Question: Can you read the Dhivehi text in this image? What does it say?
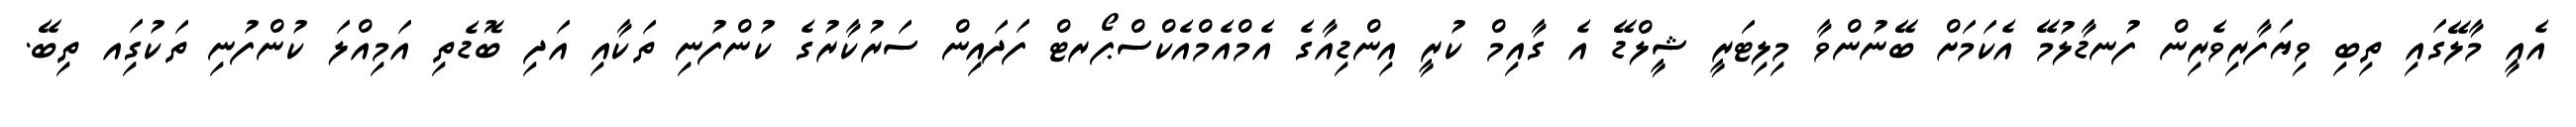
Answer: އެއީ މާލޭގައި ތިބި ވިޔަފާރިވެރިން ފުނޑާލުމޭ އެކަމަށް ބޭނުންވާ މިލިޓަރީ ޝީލްޑޭ އެ ގާއިމް ކުރީ އިންޑިއާގެ އެމްއެމްއެކްސްޕޯރޓް ފަދައިން ސަރުކާރުގެ ކުންފުނި ތަކާއި އަދި ބޮޑެތި އަމިއްލަ ކުންފުނި ތަކުގަިއ ތިބޭ.